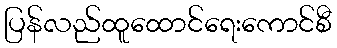
ပြန်လည်ထူထောင်ရေးကောင်စီ